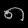
Digit: ၈